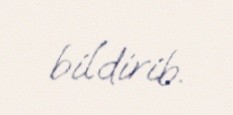
bildirib.